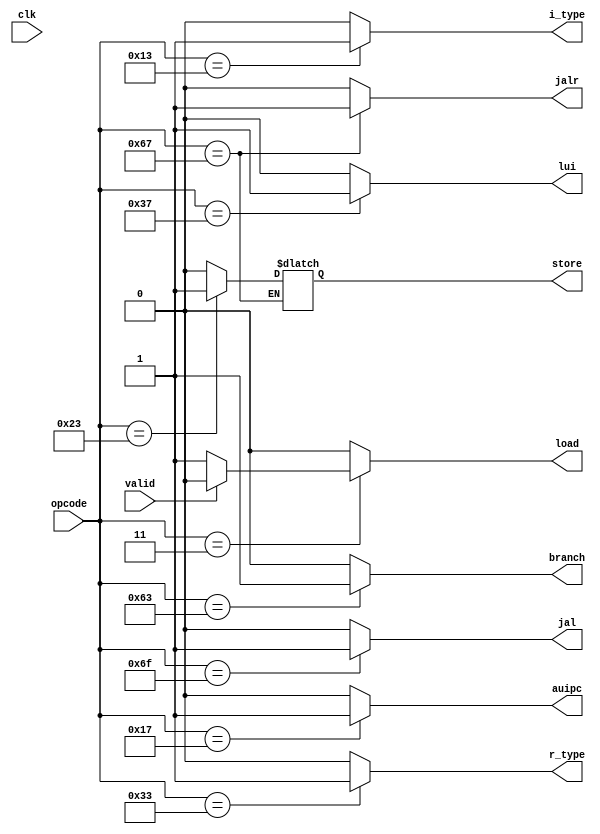
module type_decoder (
    input wire       clk,
    input wire       valid,
    input wire [6:0] opcode,
     
    output reg       r_type,
    output reg       i_type, 
    output reg       store,
    output reg       load,  
    output reg       branch,
    output reg       jalr,
    output reg       jal,
    output reg       auipc, 
    output reg       lui
    
);

    always @(*) begin
        case(opcode)
            7'b0110011:begin   // R type
                r_type <= 1'b1;
                i_type <= 1'b0;
                store<=1'b0;
                load <= 1'b0;
                branch<= 1'b0;
                jalr<= 1'b0;
                jal<= 1'b0;
                auipc<= 1'b0;
                lui<= 1'b0;
            end
            7'b0010011:begin  // I Type
                i_type = 1'b1;
                r_type <= 1'b0;
                store<=1'b0;
                load <= 1'b0;
                branch<= 1'b0;
                jalr<= 1'b0;
                jal<= 1'b0;
                auipc<= 1'b0;
                lui<= 1'b0;
            end
            7'b0100011:begin  // Store
                store<= 1'b1;
                r_type <= 1'b0;
                i_type <= 1'b0;
                load <= 1'b0;
                branch<= 1'b0;
                jalr<= 1'b0;
                jal<= 1'b0;
                auipc<= 1'b0;
                lui<= 1'b0;
            end
            7'b0000011:begin  // Load
                 if (valid) begin 
                    load = 1'b0;
                    r_type <= 1'b0;
                    i_type <= 1'b0;
                    store<=1'b0;
                    branch<= 1'b0;
                    jalr<= 1'b0;
                    jal<= 1'b0;
                    auipc<= 1'b0;
                    lui<= 1'b0;
                end
                else begin
                    load = 1'b1;
                    r_type <= 1'b0;
                    i_type <= 1'b0;
                    store<=1'b0;
                    branch<= 1'b0;
                    jalr<= 1'b0;
                    jal<= 1'b0;
                    auipc<= 1'b0;
                    lui<= 1'b0;
                end
            end
            7'b1100011:begin  // Branch
                branch<= 1'b1;
                r_type <= 1'b0;
                i_type <= 1'b0;
                load <= 1'b0;
                store<=1'b0;
                jalr<= 1'b0;
                jal<= 1'b0;
                auipc<= 1'b0;
                lui<= 1'b0;
              end
            7'b1100111:begin  // Jalr
                jalr<= 1'b1;
                r_type <= 1'b0;
                i_type <= 1'b0;
                load <= 1'b0;
                branch<= 1'b0;
                jal<= 1'b0;
                lui<= 1'b0;
                auipc<= 1'b0;
            end
            7'b1101111:begin  // JAL
                jal<= 1'b1;
                r_type <= 1'b0;
                i_type <= 1'b0;
                load <= 1'b0;
                jalr<= 1'b0;
                store<=1'b0;
                branch<= 1'b0;
                auipc<= 1'b0;
                lui<= 1'b0;
            end
            7'b0010111:begin  // AUIPC
                auipc<= 1'b1;
                r_type <= 1'b0;
                i_type <= 1'b0;
                load <= 1'b0;
                jalr<= 1'b0;
                store<=1'b0;
                branch<= 1'b0;
                lui<= 1'b0;
                jal<= 1'b0;
            end
            7'b0110111:begin  // LUI
                lui<= 1'b1;
                r_type <= 1'b0;
                i_type <= 1'b0;
                load <= 1'b0;
                jalr<= 1'b0;
                store<=1'b0;
                branch<= 1'b0;
                auipc<= 1'b0;
                jal<= 1'b0;
            end
            default: begin 
                r_type <= 1'b0;
                i_type <= 1'b0;
                load <= 1'b0;
                jalr<= 1'b0;
                store<=1'b0;
                branch<= 1'b0;
                auipc<= 1'b0;
                lui<= 1'b0;
                jal<= 1'b0;
            end
        endcase
    end 
endmodule